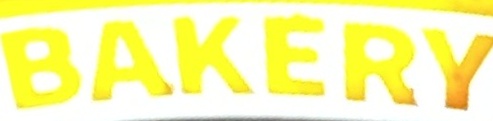
BAKERY